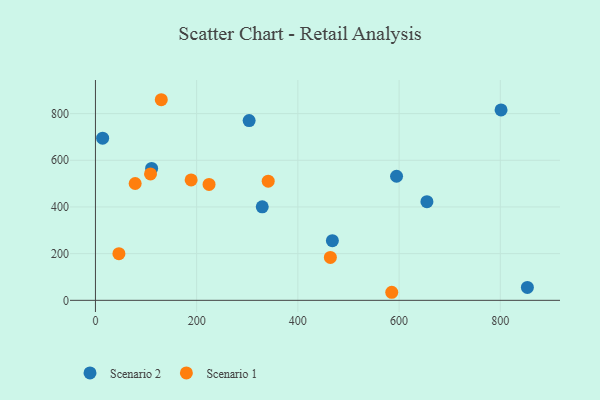
{"axis": {"x": "Engine Size", "y": "Demand"}, "legend": ["Scenario 1", "Scenario 2"], "data": [{"x": "655.0", "y": 422.6, "type": "Scenario 2"}, {"x": "303.7", "y": 770.0, "type": "Scenario 2"}, {"x": "853.5", "y": 55.1, "type": "Scenario 2"}, {"x": "595.0", "y": 531.5, "type": "Scenario 2"}, {"x": "468.2", "y": 255.5, "type": "Scenario 2"}, {"x": "801.5", "y": 815.9, "type": "Scenario 2"}, {"x": "329.6", "y": 400.6, "type": "Scenario 2"}, {"x": "111.0", "y": 565.2, "type": "Scenario 2"}, {"x": "14.2", "y": 694.5, "type": "Scenario 2"}, {"x": "78.5", "y": 500.4, "type": "Scenario 1"}, {"x": "189.1", "y": 515.9, "type": "Scenario 1"}, {"x": "341.4", "y": 510.5, "type": "Scenario 1"}, {"x": "464.2", "y": 183.7, "type": "Scenario 1"}, {"x": "108.8", "y": 541.5, "type": "Scenario 1"}, {"x": "585.5", "y": 34.5, "type": "Scenario 1"}, {"x": "224.5", "y": 496.4, "type": "Scenario 1"}, {"x": "46.4", "y": 199.8, "type": "Scenario 1"}, {"x": "130.1", "y": 859.4, "type": "Scenario 1"}]}